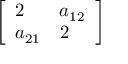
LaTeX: \left[ { \begin{array} { l l } { 2 } & { a _ { 1 2 } } \\ { a _ { 2 1 } } & { 2 } \end{array} } \right]